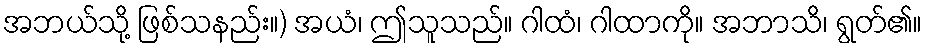
အဘယ်သို့ ဖြစ်သနည်း။) အယံ၊ ဤသူသည်။ ဂါထံ၊ ဂါထာကို။ အဘာသိ၊ ရွတ်၏။